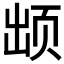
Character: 𱂢